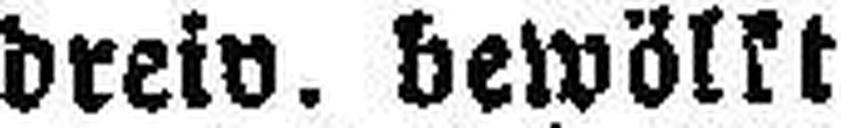
dreiv. bewölkt